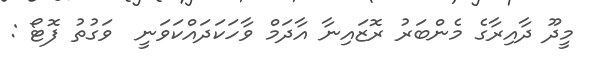
މީދޫ ދާއިރާގެ މެންބަރު ރޮޒައިނާ އާދަމް ވާހަކަދައްކަވަނީ  ވަގުތު ފޮޓޯ :